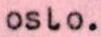
oslo.